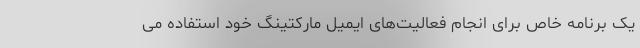
یک برنامه خاص برای انجام فعالیت‌های ایمیل مارکتینگ خود استفاده می